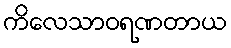
ကိလေသာဝရဏတာယ